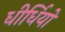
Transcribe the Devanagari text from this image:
धीर्धियो